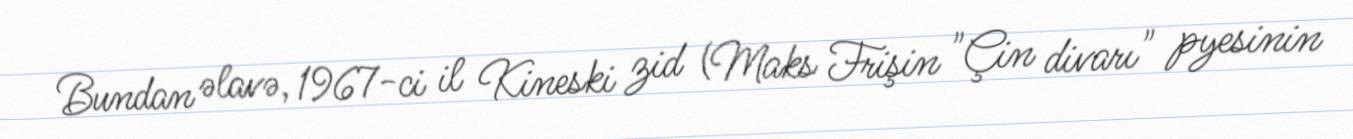
Bundan əlavə, 1967-ci il Kineski zid (Maks Frişin "Çin divarı" pyesinin